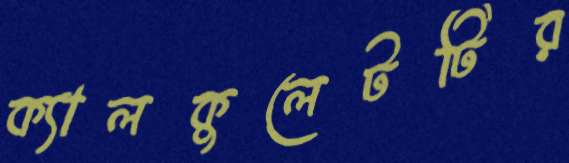
ক্যালকুলেটটির